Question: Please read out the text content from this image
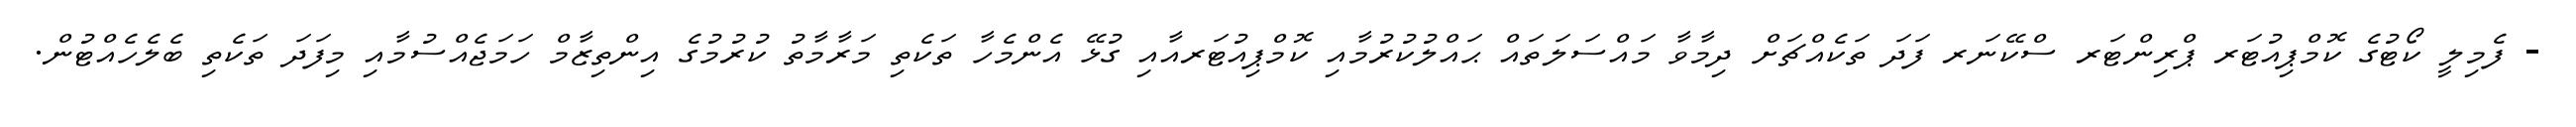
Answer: - ފެމިލީ ކޯޓުގެ ކޮމްޕިއުޓަރ ޕްރިންޓަރ ސްކޭނަރ ފަދަ ތަކެއްޗަށް ދިމާވާ މައްސަލަތައް ޙައްލުކުރުމާއި ކޮމްޕިއުޓަރއާއި ގުޅޭ އެންމެހާ ތަކެތި މަރާމާތު ކުރުމުގެ އިންތިޒާމް ހަމަޖެއްސުމާއި މިފަދަ ތަކެތި ބެލެހެއްޓުން.